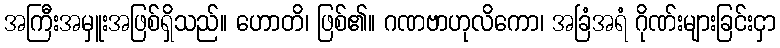
အကြီးအမှူးအဖြစ်ရှိသည်။ ဟောတိ၊ ဖြစ်၏။ ဂဏဗာဟုလိကော၊ အခြံအရံ ဂိုဏ်းများခြင်းငှာ